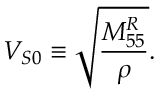
V _ { S 0 } \equiv \sqrt { \frac { M _ { 5 5 } ^ { R } } { \rho } } .